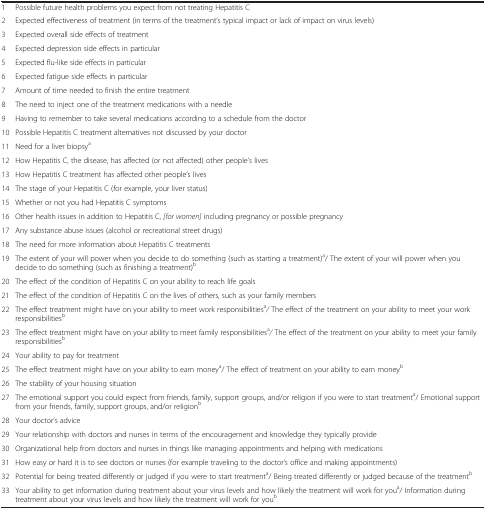
<table><thead><tr><td><b> </b></td><td><b> </b></td></tr></thead><tbody><tr><td>1</td><td>Possible future health problems you expect from not treating Hepatitis C</td></tr><tr><td>2</td><td>Expected effectiveness of treatment (in terms of the treatment’s typical impact or lack of impact on virus levels)</td></tr><tr><td>3</td><td>Expected overall side effects of treatment</td></tr><tr><td>4</td><td>Expected depression side effects in particular</td></tr><tr><td>5</td><td>Expected flu-like side effects in particular</td></tr><tr><td>6</td><td>Expected fatigue side effects in particular</td></tr><tr><td>7</td><td>Amount of time needed to finish the entire treatment</td></tr><tr><td>8</td><td>The need to inject one of the treatment medications with a needle</td></tr><tr><td>9</td><td>Having to remember to take several medications according to a schedule from the doctor</td></tr><tr><td>10</td><td>Possible Hepatitis C treatment alternatives not discussed by your doctor</td></tr><tr><td>11</td><td>Need for a liver biopsy<sup>a</sup></td></tr><tr><td>12</td><td>How Hepatitis C, the disease, has affected (or not affected) other people’s lives</td></tr><tr><td>13</td><td>How Hepatitis C treatment has affected other people’s lives</td></tr><tr><td>14</td><td>The stage of your Hepatitis C (for example, your liver status)</td></tr><tr><td>15</td><td>Whether or not you had Hepatitis C symptoms</td></tr><tr><td>16</td><td>Other health issues in addition to Hepatitis C, <i>[for women]</i> including pregnancy or possible pregnancy</td></tr><tr><td>17</td><td>Any substance abuse issues (alcohol or recreational street drugs)</td></tr><tr><td>18</td><td>The need for more information about Hepatitis C treatments</td></tr><tr><td>19</td><td>The extent of your will power when you decide to do something (such as starting a treatment)<sup>a</sup>/ The extent of your will power when you decide to do something (such as finishing a treatment)<sup>b</sup></td></tr><tr><td>20</td><td>The effect of the condition of Hepatitis C on your ability to reach life goals</td></tr><tr><td>21</td><td>The effect of the condition of Hepatitis C on the lives of others, such as your family members</td></tr><tr><td>22</td><td>The effect treatment might have on your ability to meet work responsibilities<sup>a</sup><i>/</i> The effect of the treatment on your ability to meet your work responsibilities<sup>b</sup></td></tr><tr><td>23</td><td>The effect treatment might have on your ability to meet family responsibilities<sup>a</sup><i>/</i> The effect of the treatment on your ability to meet your family responsibilities<sup>b</sup></td></tr><tr><td>24</td><td>Your ability to pay for treatment</td></tr><tr><td>25</td><td>The effect treatment might have on your ability to earn money<sup>a</sup>/ The effect of treatment on your ability to earn money<sup>b</sup></td></tr><tr><td>26</td><td>The stability of your housing situation</td></tr><tr><td>27</td><td>The emotional support you could expect from friends, family, support groups, and/or religion if you were to start treatment<sup>a</sup>/ Emotional support from your friends, family, support groups, and/or religion<sup>b</sup></td></tr><tr><td>28</td><td>Your doctor’s advice</td></tr><tr><td>29</td><td>Your relationship with doctors and nurses in terms of the encouragement and knowledge they typically provide</td></tr><tr><td>30</td><td>Organizational help from doctors and nurses in things like managing appointments and helping with medications</td></tr><tr><td>31</td><td>How easy or hard it is to see doctors or nurses (for example traveling to the doctor’s office and making appointments)</td></tr><tr><td>32</td><td>Potential for being treated differently or judged if you were to start treatment<sup>a</sup>/ Being treated differently or judged because of the treatment<sup>b</sup></td></tr><tr><td>33</td><td>Your ability to get information during treatment about your virus levels and how likely the treatment will work for you<sup>a</sup>/ Information during treatment about your virus levels and how likely the treatment will work for you<sup>b</sup></td></tr></tbody></table>